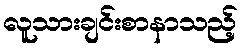
လူသားချင်းစာနာသည့်